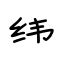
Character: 纬